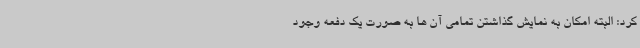
کرد: البته امکان به نمایش گذاشتن تمامی آن ها به صورت یک دفعه وجود